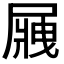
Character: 𡲿